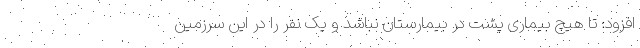
افزود: تا هیچ بیماری پشت در بیمارستان نباشد و یک نفر را در این سرزمین